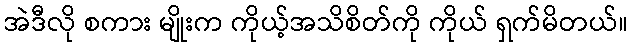
အဲဒီလို စကား မျိုးက ကိုယ့်အသိစိတ်ကို ကိုယ် ရှက်မိတယ်။